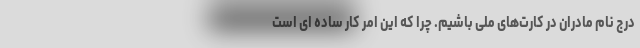
درج نام مادران در کارت‌های ملی باشیم. چرا که این امر کار ساده ای است